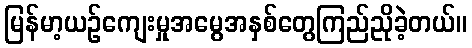
မြန်မာ့ယဉ်ကျေးမှုအမွေအနှစ်တွေကြည်ညိုခဲ့တယ်။